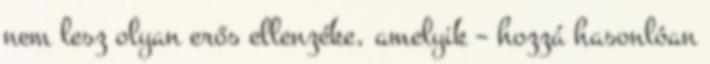
nem lesz olyan erős ellenzéke, amelyik – hozzá hasonlóan